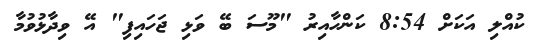
ކުއްލި އަކަށް 8:54 ކަންހާއިރު "މޫސަ ބޭ ވަޅި ޖަހައިފި" އޭ ވިދާޅުވުމާ